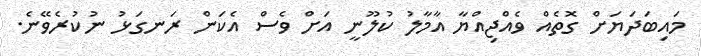
މައިބަދަޔަށް ގޮތެއް ވެއްޖިއްޔާ އާމާލު ކުލޫނީ އަށް ވެސް އެކަން ރަނގަޅު ނުކުރެވޭނެ.